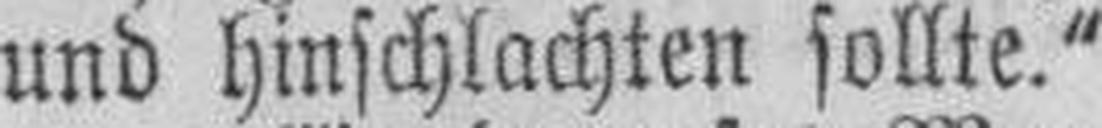
und hinschlachten sollte."